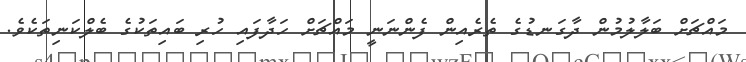
މައްޗަށް ބަލާލުމުން ދާގަނޑުގެ ތެރެއިން ފެންނަނީ މައްޗަށް ހަދާފައި ހުރި ބައިތަކުގެ ބެލްކަނިތަކެވެ.